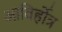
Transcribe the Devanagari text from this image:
आविर्होत्र